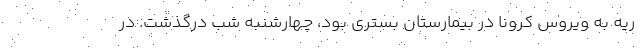
ریه به ویروس کرونا در بیمارستان بستری بود، چهارشنبه شب درگذشت. در